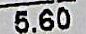
5.60